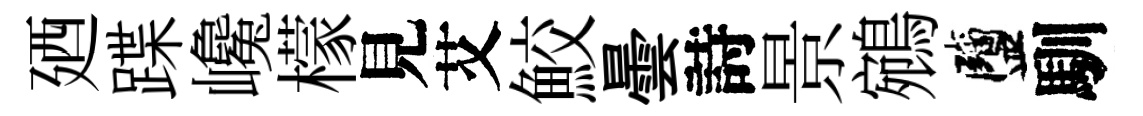
廼蹀巉檬見艾鮫曇詩景鵷鹽馴